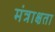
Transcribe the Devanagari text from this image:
मंत्राक्षता